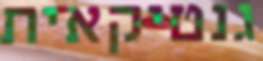
גנטיקאית